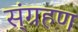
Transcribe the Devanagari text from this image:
स्ंग्रहण